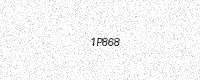
Text: 1P868